Medical and sanitary report of the native army of Bengal for the year
Year: 1875
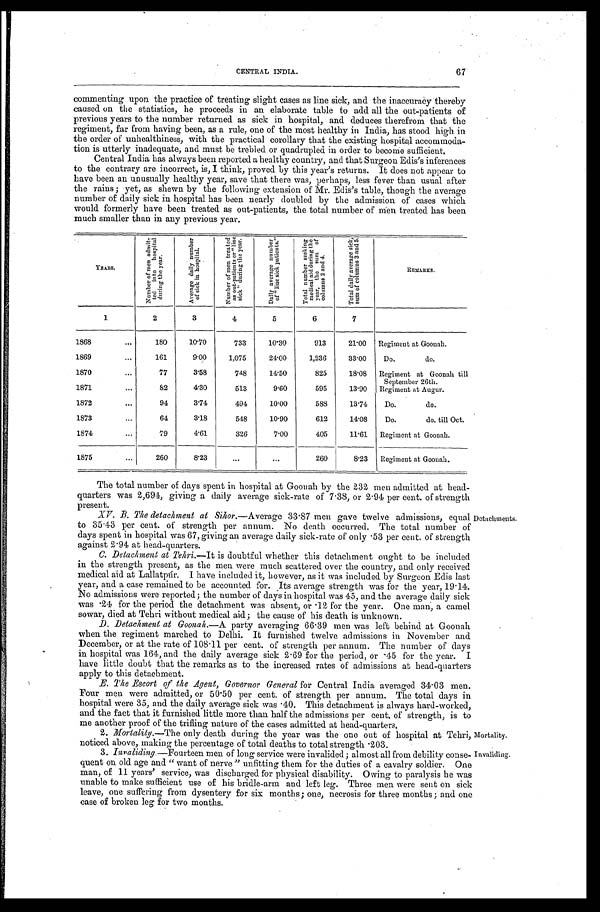
67
CENTRAL INDIA.
commenting upon the practice of treating slight cases as line sick, and the inaccuracy thereby
caused on the statistics, he proceeds in an elaborate table to add all the out-patients of
previous years to the number returned as sick in hospital, and deduces therefrom that the
regiment, far from having been, as a rule, one of the most healthy in India, has stood high in
the order of unhealthiness, with the practical corollary that the existing hospital accommoda
-tion is utterly inadequate, and must be trebled or quadrupled in order to become sufficient.
Central India has always been reported a healthy country, and that Surgeon Edis's inferences
to the contrary are incorrect, is, I think, proved by this year's returns. It does not appear to
have been an unusually healthy year, save that there was, perhaps, less fever than usual after
the rains; yet, as shewn by the following extension of Mr. Edis's table, though the average
number of daily sick in hospital has been nearly doubled by the admission of cases which
would formerly have been treated as out-patients, the total number of men treated has been
much smaller than in any previous year.
YEARS .
N u m b e r o f m e n a d m i t - t e d i n t o h o s p i t a l d u r i n g t h e y e a r .
A v e r a g e d a i l y n u m b e r o f s i c k i n h o s p i t a l .
N u m b e r o f m e n t r e a t e d a s o u t - p a t i e n t s o r " l i n e s i c k " d u r i n g t h e y e a r .
D a i l y a v e r a g e n u m b e r o f " l i n e s i c k p a t i e n t s . "
T o t a l n u m b e r s e e k i n g m e d i c a l a i d d u r i n g t h e y e a r , t h e s u m o f c o l u m n s 2 a n d 4 .
T o t a l d a i l y a v e r a g e s i c k , s u m o f c o l u m n s 3 a n d 5 .
REMARKS.
1
2
3
4
5
6
7
1868 . . .
180
10.70
733
10.30
913
21.00 Regiment at Goonah.
1869 . . .
161
9.00
1,075
24.00
1,236
33.00
Do. do.
1870 . . .
77
3.58
748
14.50
825
18.08 Regiment at Goonah till
September 26th.
1871 . . .
82
4.30
513
9.60
595
13.90
Regiment at Augur.
1872 . . .
94
3.74
494
10.00
588
13.74
Do. do.
1873 . . .
64
3.18
548
10.90
612
14.08
Do. do. till Oct.
1874 . . .
79
4.61
326
7.00
405
11.61
Regiment at Goonah.
1875 . . .
260
8.23
. . .
. . .
260
8.23
Regiment at Goonah.
The total number of days spent in hospital at Goonah by the 232 men admitted at head
-quarters was 2,694, giving a daily average sick-rate of 7.38, or 2.94 per cent. of strength
present.
XV. B. The detachment at Sihor. —Average 33.87 men gave twelve admissions, equal
to 35.43 per cent. of strength per annum. No death occurred. The total number of
days spent in hospital was 67, giving an average daily sick-rate of only .53 per cent. of strength
against 2.94 at head-quarters.
C. Detachment at Tehri.—It is doubtful whether this detachment ought to be included
in the strength present, as the men were much scattered over the country, and only received
medical aid at Lallatpúr. I have included it, however, as it was included by Surgeon Edis last
year, and a case remained to be accounted for. Its average strength was for the year, 19.14.
No admissions were reported; the number of days in hospital was 45, and the average daily sick
was .24 for the period the detachment was absent, or .12 for the year. One man, a camel
sowar, died at Tehri without medical aid; the cause of his death is unknown.
D. Detachment at Goonah.—A party averaging 66.39 men was left behind at Goonah
when the regiment marched to Delhi. It furnished twelve admissions in November and
December, or at the rate of 108.11 per cent. of strength per annum. The number of days
in hospital was 164, and the daily average sick 2.69 for the period, or 45 for the year. I
have little doubt that the remarks as to the increased rates of admissions at head-quarters
apply to this detachment.
E. The Escort of the Agent, Governor General for Central India averaged 34.03 men.
Four men were admitted, or 50.50 per cent. of strength per annum. The total days in
hospital were 35, and the daily average sick was .40. This detachment is always hard-worked,
and the fact that it furnished little more than half the admissions per cent. of strength, is to
me another proof of the trifling nature of the cases admitted at head-quarters.
Mortality.—The only death during the year was the one out of hospital at Tehri,
noticed above, making the percentage of total deaths to total strength .203.
Detachments.
3. Invaliding.—Fourteen men of long service were invalided; almost all from debility conse
-quent on old age and "want of nerve" unfitting them for the duties of a cavalry soldier. One
man, of 11 years' service, was discharged for physical disability. Owing to paralysis he was
unable to make sufficient use of his bridle-arm and left leg. Three men were sent on sick
leave, one suffering from dysentery for six months; one, necrosis for three months; and one
case of broken leg for two months.